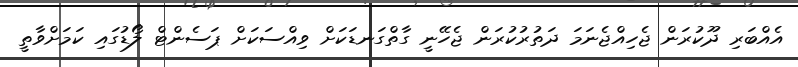
އެއްބަރި ދޫކުރަން ޖެހިއްޖެނަމަ ދަތުރުކުރަން ޖެހޭނީ ގާތްގަނޑަކަށް ވިއްސަކަށް ޕަސެންޓް ލޯޑުގައި ކަމަށްވާތީ